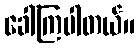
ခေါ်ကြပါတယ်။